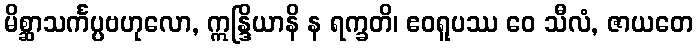
မိစ္ဆာသင်္ကပ္ပဗဟုလော, ဣန္ဒြိယာနိ န ရက္ခတိ၊ ဧဝရူပဿ ဝေ သီလံ, ဇာယတေ